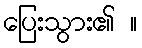
ပြေးသွား၏ ။